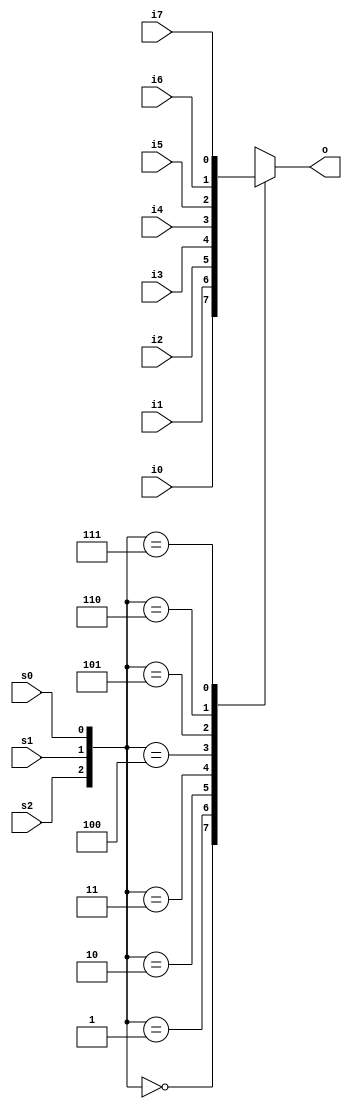
`timescale 1ns / 1ps
//////////////////////////////////////////////////////////////////////////////////
// Company: 
// Engineer: 
// 
// Design Name: 
// Module Name: mux8to1
// Project Name: 
// Target Devices: 
// Tool Versions: 
// Description: 
// 
// Dependencies: 
// 
// Revision:
// Revision 0.01 - File Created
// Additional Comments:
// 
//////////////////////////////////////////////////////////////////////////////////


module mux8to1(
    input i0,
    input i1,
    input i2,
    input i3,
    input i4,
    input i5,
    input i6,
    input i7,
    input s0,
    input s1,
    input s2,
    output reg o
    );
    always @ (i0 or i1 or i2 or i3 or i4 or i5 or i6 or i7 or s0 or s1 or s2)
    begin
    case ({s2, s1, s0}) // 
        3'b000: o = i0; //  3'b000  i0
        3'b001: o = i1; //  3'b001  i1
        3'b010: o = i2; //  3'b010  i2
        3'b011: o = i3; //  3'b011  i3
        3'b100: o = i4; //  3'b100  i4
        3'b101: o = i5; //  3'b101  i5
        3'b110: o = i6; //  3'b110  i6
        3'b111: o = i7; //  3'b111  i7
        default: o = 1'b0; // 0
    endcase
    end
endmodule